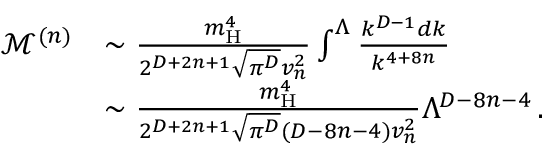
\begin{array} { r l } { \mathcal { M } ^ { ( n ) } } & { \sim \frac { m _ { \mathrm { H } } ^ { 4 } } { 2 ^ { D + 2 n + 1 } \sqrt { \pi ^ { D } } v _ { n } ^ { 2 } } \int ^ { \Lambda } \frac { k ^ { D - 1 } d k } { k ^ { 4 + 8 n } } } \\ & { \sim \frac { m _ { \mathrm { H } } ^ { 4 } } { 2 ^ { D + 2 n + 1 } \sqrt { \pi ^ { D } } ( D - 8 n - 4 ) v _ { n } ^ { 2 } } \Lambda ^ { D - 8 n - 4 } \, . } \end{array}